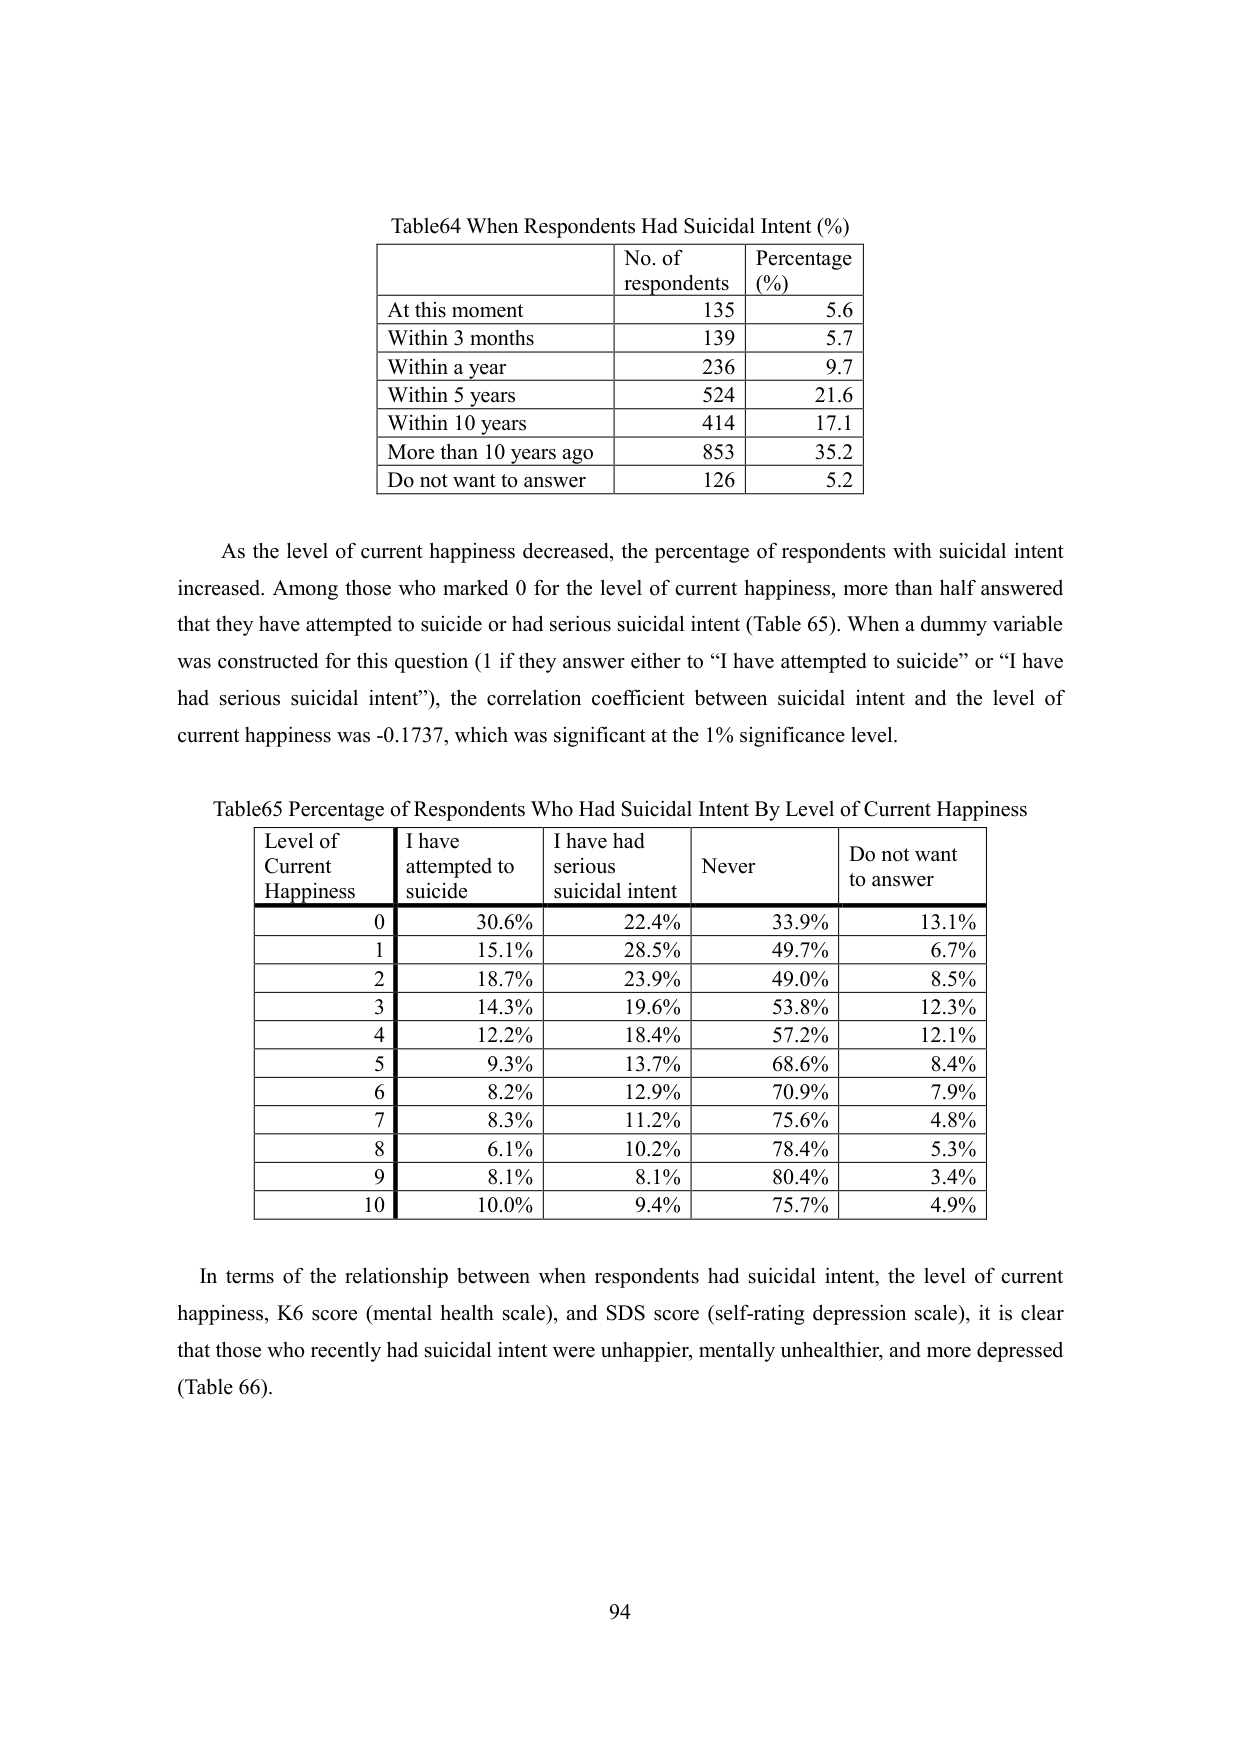
Table64 When Respondents Had Suicidal Intent (%)
| | No. of respondents | Percentage (%) |
|---|---|---|
| At this moment | 135 | 5.6 |
| Within 3 months | 139 | 5.7 |
| Within a year | 236 | 9.7 |
| Within 5 years | 524 | 21.6 |
| Within 10 years | 414 | 17.1 |
| More than 10 years ago | 853 | 35.2 |
| Do not want to answer | 126 | 5.2 |

As the level of current happiness decreased, the percentage of respondents with suicidal intent increased. Among those who marked 0 for the level of current happiness, more than half answered that they have attempted to suicide or had serious suicidal intent (Table 65). When a dummy variable was constructed for this question (1 if they answer either to “I have attempted to suicide” or “I have had serious suicidal intent”), the correlation coefficient between suicidal intent and the level of current happiness was -0.1737, which was significant at the 1% significance level.

Table65 Percentage of Respondents Who Had Suicidal Intent By Level of Current Happiness
| Level of Current Happiness | I have attempted to suicide | I have had serious suicidal intent | Never | Do not want to answer |
|---|---|---|---|---|
| 0 | 30.6% | 22.4% | 33.9% | 13.1% |
| 1 | 15.1% | 28.5% | 49.7% | 6.7% |
| 2 | 18.7% | 23.9% | 49.0% | 8.5% |
| 3 | 14.3% | 19.6% | 53.8% | 12.3% |
| 4 | 12.2% | 18.4% | 57.2% | 12.1% |
| 5 | 9.3% | 13.7% | 68.6% | 8.4% |
| 6 | 8.2% | 12.9% | 70.9% | 7.9% |
| 7 | 8.3% | 11.2% | 75.6% | 4.8% |
| 8 | 6.1% | 10.2% | 78.4% | 5.3% |
| 9 | 8.1% | 8.1% | 80.4% | 3.4% |
| 10 | 10.0% | 9.4% | 75.7% | 4.9% |

In terms of the relationship between when respondents had suicidal intent, the level of current happiness, K6 score (mental health scale), and SDS score (self-rating depression scale), it is clear that those who recently had suicidal intent were unhappier, mentally unhealthier, and more depressed (Table 66).

94